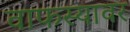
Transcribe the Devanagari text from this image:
वाफस्यावर